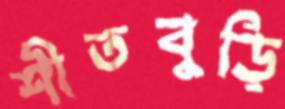
শীতবুড়ি